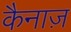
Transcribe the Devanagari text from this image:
कैनाज़